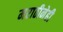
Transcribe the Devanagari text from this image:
मराठीनेही